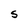
Character: S